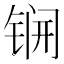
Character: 锎